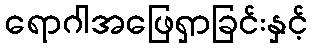
ရောဂါအဖြေရှာခြင်းနှင့်